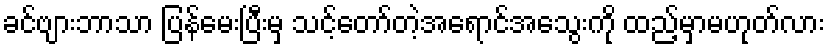
ခင်ဗျားဘာသာ ပြန်မေးပြီးမှ သင့်တော်တဲ့အရောင်အသွေးကို ထည့်မှာမဟုတ်လား